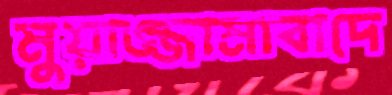
মুয়াজ্জামাবাদে